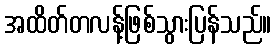
အထိတ်တလန့်ဖြစ်သွားပြန်သည်။